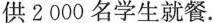
供2000名学生就餐。